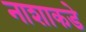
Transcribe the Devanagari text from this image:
नाशाकडे